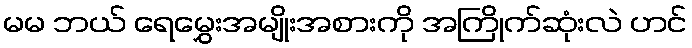
မမ ဘယ် ရေမွှေးအမျိုးအစားကို အကြိုက်ဆုံးလဲ ဟင်